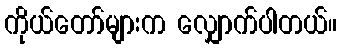
ကိုယ်တော်များက လျှောက်ပါတယ်။